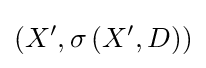
\left(X^{\prime },\sigma \left(X^{\prime },D\right)\right)